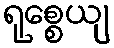
ရုစ္စေယျ